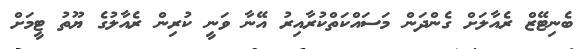
ބެނިޓޭޒް ރެއާލަށް ގެންދަން މަސައްކަތްކުރާއިރު އޭނާ ވަނީ ކުރިން ރެއާލުގެ ޔޫތު ޓީމަށް